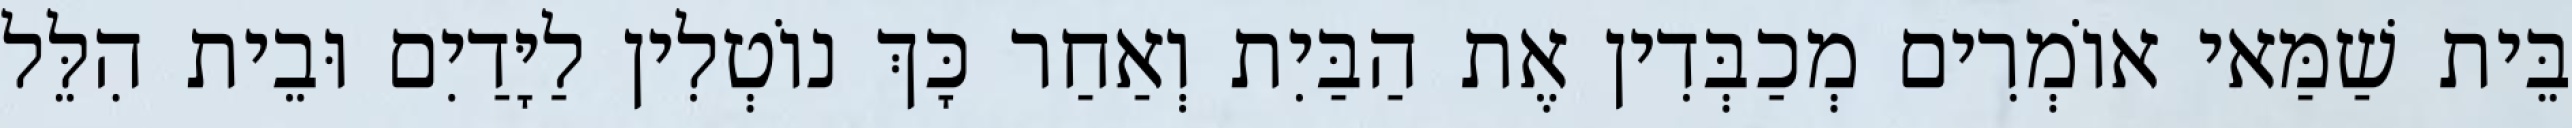
בֵּית שַׁמַּאי אוֹמְרִים מְכַבְּדִין אֶת הַבַּיִת וְאַחַר כָּךְ נוֹטְלִין לַיָּדַיִם וּבֵית הִלֵּל